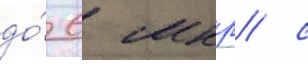
до́ 6 мкр/ с